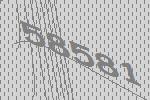
58581